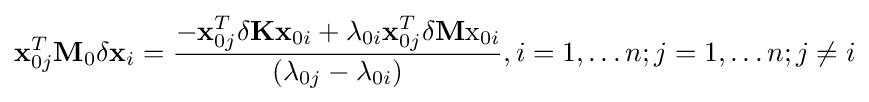
\mathbf {x} _{0j}^{T}\mathbf {M} _{0}\delta \mathbf {x} _{i}={\frac {-\mathbf {x} _{0j}^{T}\delta \mathbf {K} \mathbf {x} _{0i}+\lambda _{0i}\mathbf {x} _{0j}^{T}\delta \mathbf {M} \mathrm {x} _{0i}}{(\lambda _{0j}-\lambda _{0i})}},i=1,\dots n;j=1,\dots n;j\neq i